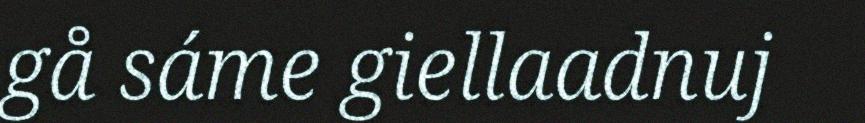
gå sáme giellaadnuj